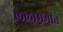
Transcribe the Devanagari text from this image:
ललामभीत